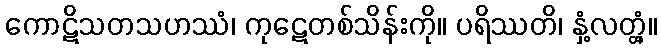
ကောဋိသတသဟဿံ၊ ကုဋေတစ်သိန်းကို။ ပရိဿတိ၊ နှံ့လတ္တံ့။